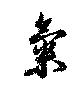
気